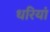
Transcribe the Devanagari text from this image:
धरियां